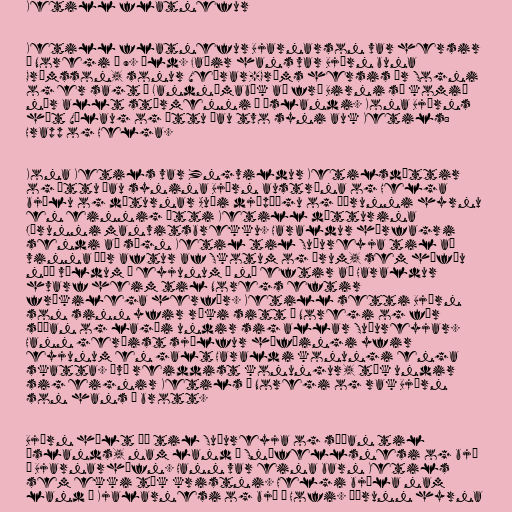
Ketill flatnefur

Ketill flatnefur Bjarnarson var hersir
í Noregi á 9. öld. Faðir hans var Björn buna
Grímsson, sonur Veðrar-Gríms hersis úr Sogni
og er sagt í Landnámabók að frá Birni sé komið
nær allt stórmenni á Íslandi. Kona Björns
hét Vélaug og áttu þau tvo syni auk Ketils:
Hrapp og Helga.

Kona Ketils var Yngvildur Ketilsdóttir
og áttu þau synina Björn austræna og Helga
bjólu og dæturnar Auði djúpúðgu og Þórunni hyrnu
en einnig átti Ketill dótturina
Jórunni manvitsbrekku. Haraldur hárfagri
sendi að sögn Ketil til Suðureyja til að
vinna þær aftur af Skotum og Írum, sem höfðu
náð völdum í eyjunum á ný eftir að Haraldur
hvarf heim til Noregs eftir
frækilega herför. Ketill setti Björn
son sinn yfir ríki sitt í Noregi og fór
síðan og lagði undir sig allar Suðureyjar.
Hann gerðist sjálfur höfðingi yfir
eyjunum en galt Haraldi konungi enga
skatta. Því reiddist konungur, tók undir
sig eignir Ketils í Noregi og rak Björn
son hans á brott.

Björn hélt þá til Suðureyja og síðan til
Íslands, nam land á Snæfellsnesi og bjó
í Bjarnarhöfn. Hann var eina barn Ketils
sem ekki tók kristni. Helgi bjóla nam
land á Kjalarnesi og bjó á Hofi. Þórunn hyrna